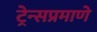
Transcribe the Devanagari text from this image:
ट्रेन्सप्रमाणे